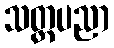
သတ္တပညာ